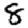
Digit: 8